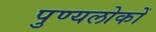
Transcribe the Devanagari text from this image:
पुण्यलोकों